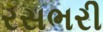
રસભરી